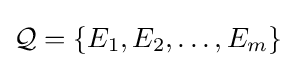
{\mathcal {Q}}=\{E_{1},E_{2},\dots ,E_{m}\}